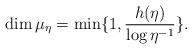
LaTeX: \begin{align*}\dim\mu_{\eta}=\min\{1,\frac{h(\eta)}{\log\eta^{-1}}\}.\end{align*}